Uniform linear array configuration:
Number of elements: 8
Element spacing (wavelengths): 0.5
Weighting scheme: hann
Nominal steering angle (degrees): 30
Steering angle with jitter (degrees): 29.833
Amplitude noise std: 0.05
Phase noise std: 0.05

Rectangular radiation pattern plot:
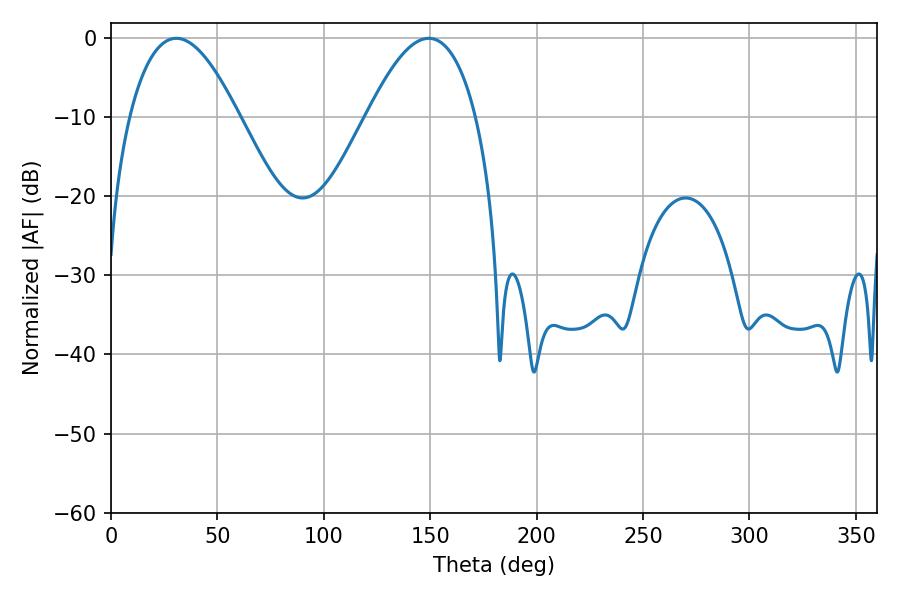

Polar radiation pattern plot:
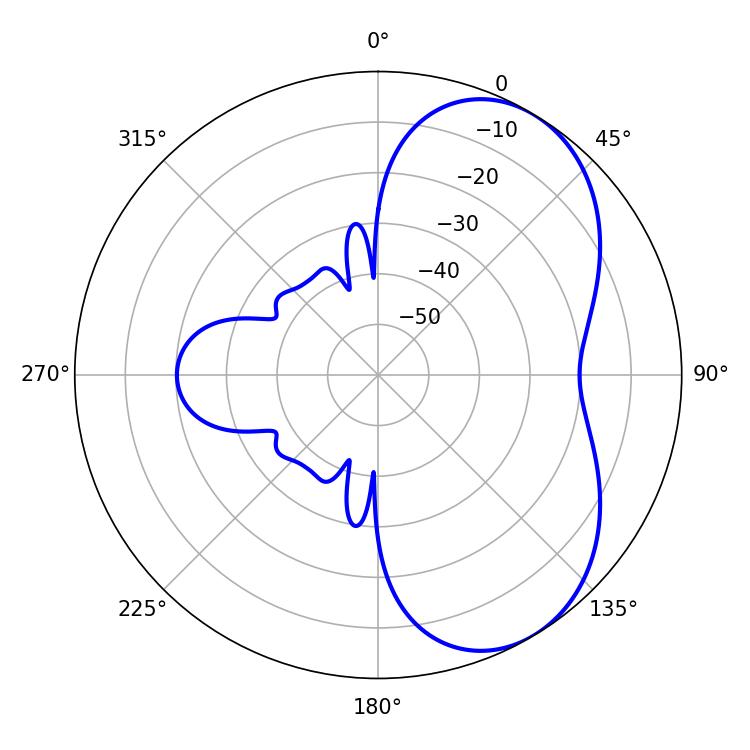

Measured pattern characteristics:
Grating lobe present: FALSE
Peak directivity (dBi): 5.447
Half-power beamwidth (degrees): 28.08
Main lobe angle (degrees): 30.78